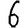
Digit: 6